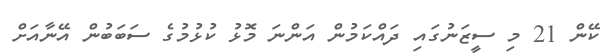
ކޭން 21 މި ސީޒަނުގައި ދައްކަމުން އަންނަ މޮޅު ކުޅުމުގެ ސަބަބުން އޭނާއަށް